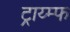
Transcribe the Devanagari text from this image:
ट्राय्म्फ